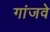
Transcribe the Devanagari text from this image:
गांजवे